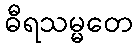
ဓီရသမ္မတေ